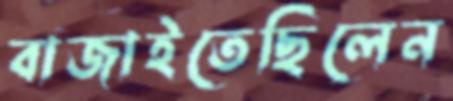
বাজাইতেছিলেন